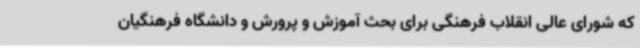
که شورای عالی انقلاب فرهنگی برای بحث آموزش و پرورش و دانشگاه فرهنگیان